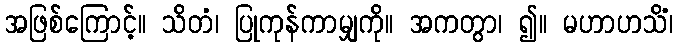
အဖြစ်ကြောင့်။ သိတံ၊ ပြုကုန်ကာမျှကို။ အကတွာ၊ ၍။ မဟာဟသိံ၊